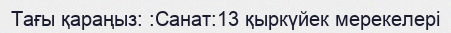
Тағы қараңыз: :Санат:13 қыркүйек мерекелері